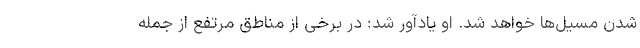
شدن مسیل‌ها خواهد شد. او یادآور شد: در برخی از مناطق مرتفع از جمله